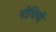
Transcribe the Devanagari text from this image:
नीधियों